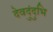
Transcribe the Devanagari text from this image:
देवदुंदुभि